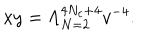
LaTeX: x y = \Lambda _ { N = 2 } ^ { 4 N _ { c } + 4 } v ^ { - 4 } .